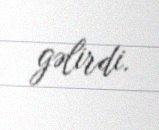
gəlirdi.